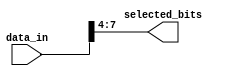
module part_select_example (
    input wire [15:0] data_in,      // 16-bit input data bus
    output wire [3:0] selected_bits  // 4-bit output for selected bits
);

// Continuous assignment to select bits 7 to 4 from data_in
assign selected_bits = data_in[7:4];

endmodule